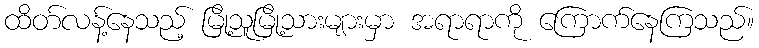
ထိတ်လန့်နေသည့် မြို့သူမြို့သားများမှာ အရာရာကို ကြောက်နေကြသည်။